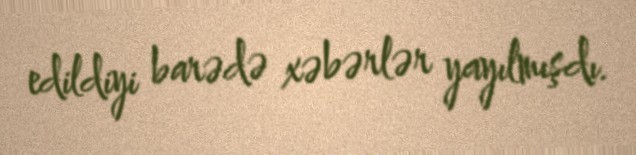
edildiyi barədə xəbərlər yayılmışdı.